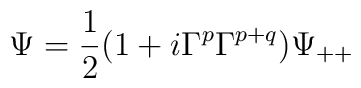
\Psi={1\over 2}(1+i\Gamma^p\Gamma^{p+q})\Psi_{++}